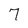
Character: 7